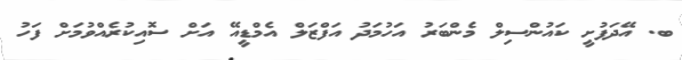
ބ. އޭދަފުށީ ކައުންސިލް މެންބަރު އަހުމަދު އަފްޒަލް އެމްޑީއޭ އަށް ސޮއިކުރެއްވުމަށް ފަހު